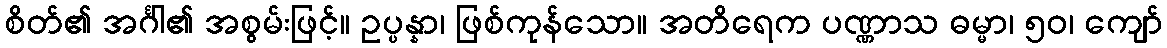
စိတ်၏ အင်္ဂါ၏ အစွမ်းဖြင့်။ ဥပ္ပန္နာ၊ ဖြစ်ကုန်သော။ အတိရေက ပဏ္ဏာသ ဓမ္မာ၊ ၅၀၊ ကျော်